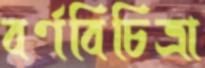
বর্ণবিচিত্রা